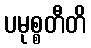
ပမုစ္စတီတိ